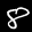
Label: 8